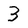
Character: 3